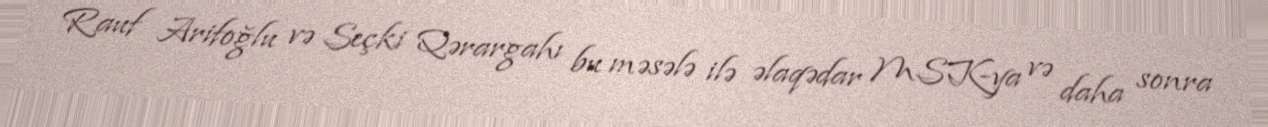
Rauf Arifoğlu və Seçki Qərargahı bu məsələ ilə əlaqədar MSK-ya və daha sonra